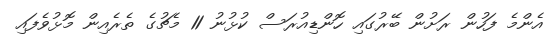
އެންމެ ފަހުން ރަަަށުން ބޭރުގައި ހޮންޑިއުރަސް ކުޅުނު 11 މެޗުގެ ތެރެއިން މޮޅުވެފައި